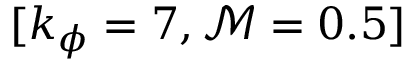
[ k _ { \phi } = 7 , \mathcal { M } = 0 . 5 ]